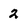
Character: 2